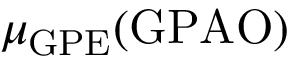
\mu _ { \mathrm { G P E } } ( \mathrm { G P A O } )